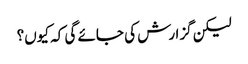
لیکن گزارش کی جائے گی کہ کیوں؟